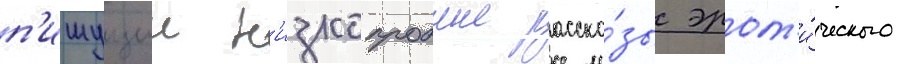
п'ишущии н'изкопробные расска́зы эрот'и́ческого